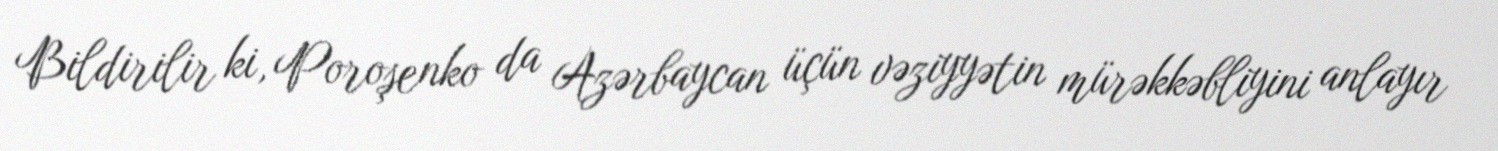
Bildirilir ki, Poroşenko da Azərbaycan üçün vəziyyətin mürəkkəbliyini anlayır